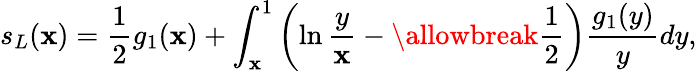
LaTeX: s_{L}(\mathbf{x})=\frac{{1}}{{2}}g_{1}(\mathbf{x})+\int_{\mathbf{x}}^{1}\left(\ln\frac{{y}}{{\mathbf{x}}}-\allowbreak\frac{{1}}{{2}}\right)\frac{{g_{1}(y)}}{{y}}dy,